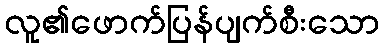
လူ၏ဖောက်ပြန်ပျက်စီးသော